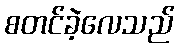
စတင်ခဲ့လေသည်